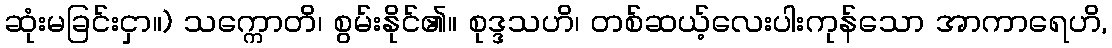
ဆုံးမခြင်းငှာ။) သက္ကောတိ၊ စွမ်းနိုင်၏။ စုဒ္ဒသဟိ၊ တစ်ဆယ့်လေးပါးကုန်သော အာကာရေဟိ,